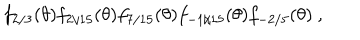
LaTeX: f _ { 2 / 3 } ( \theta ) f _ { 2 / 1 5 } ( \theta ) f _ { 7 / 1 5 } ( \theta ) f _ { - 1 / 1 5 } ( \theta ) f _ { - 2 / 5 } ( \theta ) \ ,